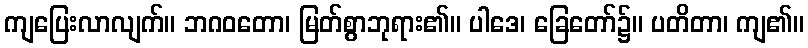
ကျပြေးလာလျက်။ ဘဂဝတော၊ မြတ်စွာဘုရား၏။ ပါဒေ၊ ခြေတော်၌။ ပတိတာ၊ ကျ၏။